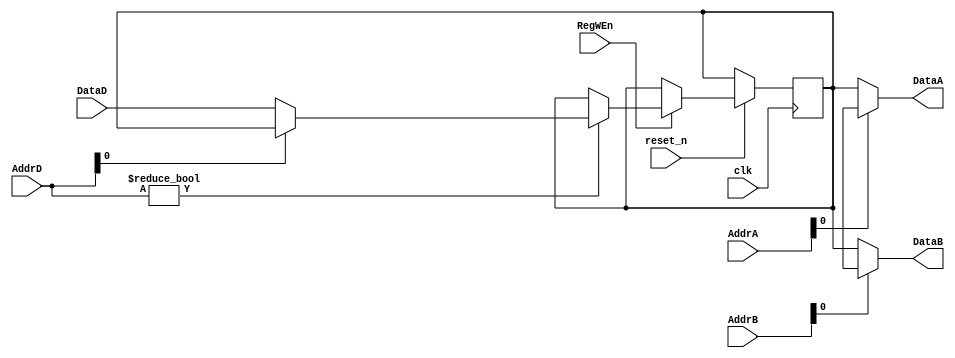
module reg_file
#(parameter ADDR_WIDTH = 32,
			REG_WIDTH = 32)
(
	input clk, reset_n,
	input RegWEn,
	input      [REG_WIDTH-1:0]  DataD,
	input      [ADDR_WIDTH-1:0] AddrD,
	input 	   [ADDR_WIDTH-1:0] AddrA,
	input 	   [ADDR_WIDTH-1:0] AddrB,
	output 	   [REG_WIDTH-1:0]  DataA,
	output 	   [REG_WIDTH-1:0]  DataB
	); 


reg [REG_WIDTH-1:0] reg_file [0:2**ADDR_WIDTH-1];


integer i;

/****************synchronous write ******************/
always@(posedge clk, negedge reset_n) begin
	if(~reset_n) 
		for(i=0; i< 2**ADDR_WIDTH; i=i+1)
			reg_file[i] <= 0;
	else if (RegWEn) begin
		if(AddrD != 0)
			reg_file[AddrD] <= DataD;	 
		else 
			reg_file[AddrD] <= reg_file[AddrD];
	end
	
end

/****************asynchronous read ******************/
assign DataA = reg_file[AddrA];
assign DataB = reg_file[AddrB];
endmodule